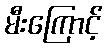
မီးကြောင့်